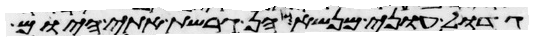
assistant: גדול עוני מנשא הן גרשת אתי היום